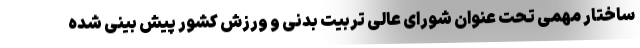
ساختار مهمی تحت عنوان شورای عالی تربیت بدنی و ورزش کشور پیش بینی شده